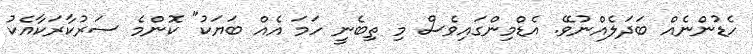
ހެޑުންނެއް ބަދަލެއްނުވޭ. އެޑްމިންގައިވެސް މި ތިބެނީ ހަމަ އެއް ބަޔަކު" ކޮންމެ ސަރުކާރަކާއެކު